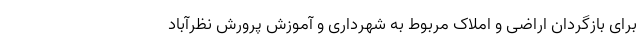
برای بازگردان اراضی و املاک مربوط به شهرداری و آموزش پرورش نظرآباد